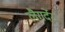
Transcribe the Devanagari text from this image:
लैगर्देर